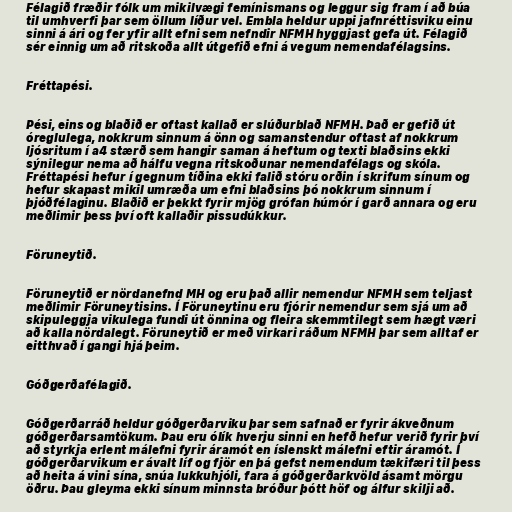
Félagið fræðir fólk um mikilvægi femínismans og leggur sig fram í að búa
til umhverfi þar sem öllum líður vel. Embla heldur uppi jafnréttisviku einu
sinni á ári og fer yfir allt efni sem nefndir NFMH hyggjast gefa út. Félagið
sér einnig um að ritskoða allt útgefið efni á vegum nemendafélagsins.

Fréttapési.

Pési, eins og blaðið er oftast kallað er slúðurblað NFMH. Það er gefið út
óreglulega, nokkrum sinnum á önn og samanstendur oftast af nokkrum
ljósritum í a4 stærð sem hangir saman á heftum og texti blaðsins ekki
sýnilegur nema að hálfu vegna ritskoðunar nemendafélags og skóla.
Fréttapési hefur í gegnum tíðina ekki falið stóru orðin í skrifum sínum og
hefur skapast mikil umræða um efni blaðsins þó nokkrum sinnum í
þjóðfélaginu. Blaðið er þekkt fyrir mjög grófan húmór í garð annara og eru
meðlimir þess því oft kallaðir pissudúkkur.

Föruneytið.

Föruneytið er nördanefnd MH og eru það allir nemendur NFMH sem teljast
meðlimir Föruneytisins. Í Föruneytinu eru fjórir nemendur sem sjá um að
skipuleggja vikulega fundi út önnina og fleira skemmtilegt sem hægt væri
að kalla nördalegt. Föruneytið er með virkari ráðum NFMH þar sem alltaf er
eitthvað í gangi hjá þeim.

Góðgerðafélagið.

Góðgerðarráð heldur góðgerðarviku þar sem safnað er fyrir ákveðnum
góðgerðarsamtökum. Þau eru ólík hverju sinni en hefð hefur verið fyrir því
að styrkja erlent málefni fyrir áramót en íslenskt málefni eftir áramót. Í
góðgerðarvikum er ávalt líf og fjör en þá gefst nemendum tækifæri til þess
að heita á vini sína, snúa lukkuhjóli, fara á góðgerðarkvöld ásamt mörgu
öðru. Þau gleyma ekki sínum minnsta bróður þótt höf og álfur skilji að.